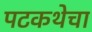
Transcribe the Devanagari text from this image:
पटकथेचा